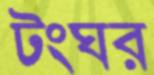
টংঘর